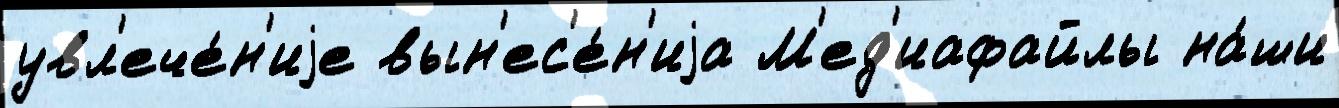
увл'ече́н'иjе вын'ес'е́н'иjа М'ед'иафайлы на́ши